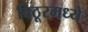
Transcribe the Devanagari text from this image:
बिठूरमध्ये